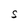
Character: S